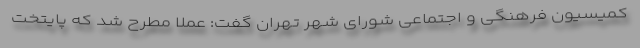
کمیسیون فرهنگی و اجتماعی شورای شهر تهران گفت: عملاً مطرح شد که پایتخت